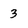
Character: 3